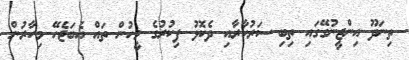
ތިނަދޫ އިންޖީނުގޭގައި ތިބި ސަރުކާރާއި ދެކޮޅު ފިކުރުގެ މީހުން ތައް އެބަޖެހޭ މިހާރުން